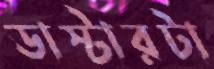
ডাস্টারটা